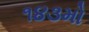
૧૪૩મો